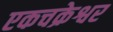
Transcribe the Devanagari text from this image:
एकचक्रेश्वर